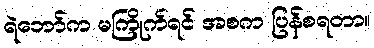
ရဲဘော်က မကြိုက်ရင် အစက ပြန်စရတာ။